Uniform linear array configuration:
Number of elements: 12
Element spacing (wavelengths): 1
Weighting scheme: hamming
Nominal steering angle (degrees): -45
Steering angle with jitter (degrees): -43.007
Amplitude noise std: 0.05
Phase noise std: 0.05

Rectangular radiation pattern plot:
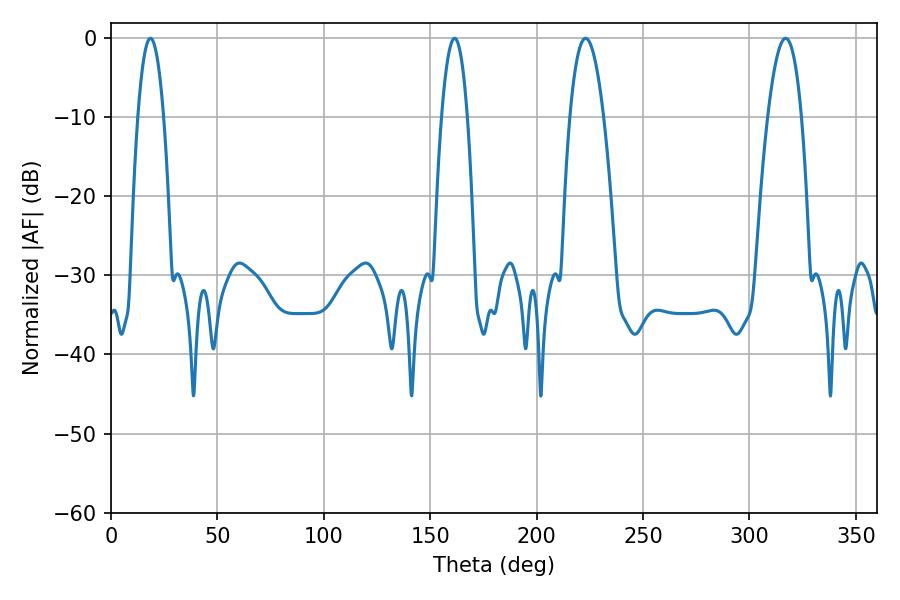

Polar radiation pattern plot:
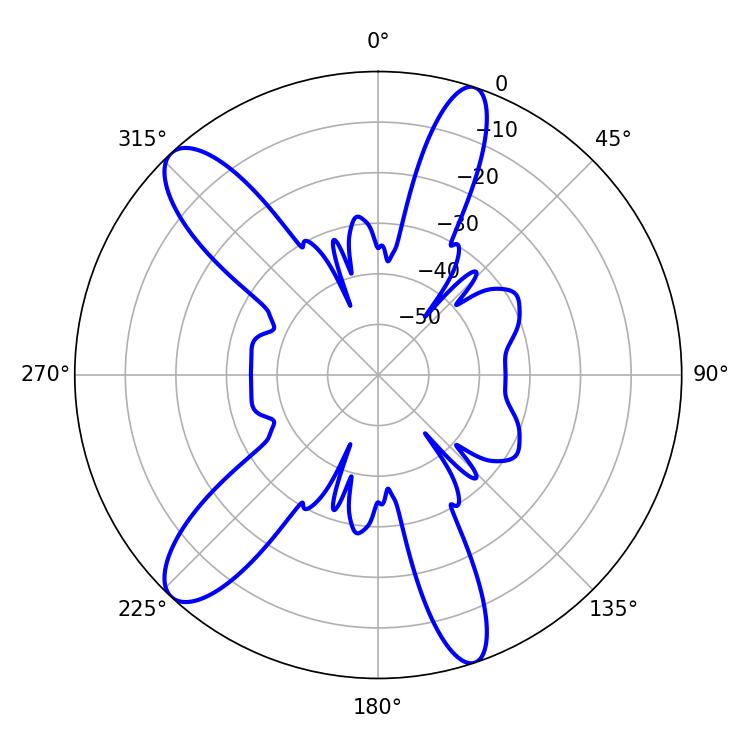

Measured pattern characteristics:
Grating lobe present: TRUE
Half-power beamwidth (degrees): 6.66
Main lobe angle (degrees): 18.54